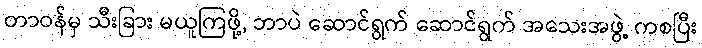
တာဝန်မှ သီးခြား မယူကြဖို့, ဘာပဲ ဆောင်ရွက် ဆောင်ရွက် အသေးအဖွဲ့ ကစပြီး